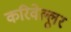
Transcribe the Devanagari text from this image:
करिवेल्लूर